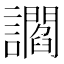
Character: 讇